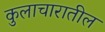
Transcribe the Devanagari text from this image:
कुलाचारातील